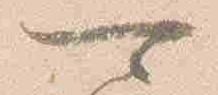
可